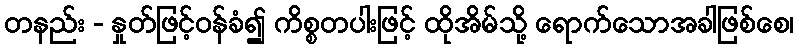
တနည်း - နှုတ်ဖြင့်ဝန်ခံ၍ ကိစ္စတပါးဖြင့် ထိုအိမ်သို့ ရောက်သောအခါဖြစ်စေ၊